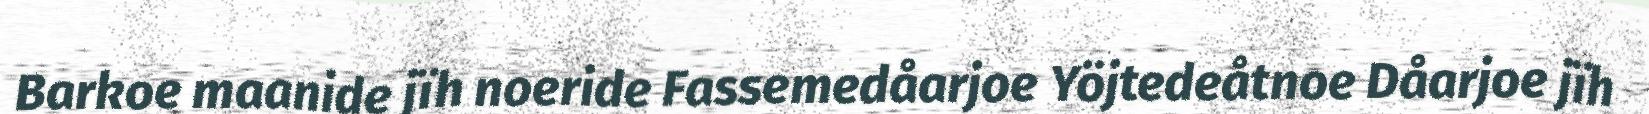
Barkoe maanide jïh noeride Fassemedåarjoe Yöjtedeåtnoe Dåarjoe jïh